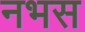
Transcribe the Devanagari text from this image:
नभस